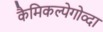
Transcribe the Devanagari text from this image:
कैमिकल्पेगोव्दा